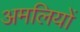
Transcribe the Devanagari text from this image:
अमलियों